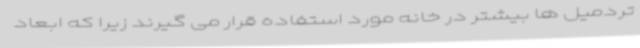
تردمیل ها بیشتر در خانه مورد استفاده قرار می گیرند زیرا که ابعاد